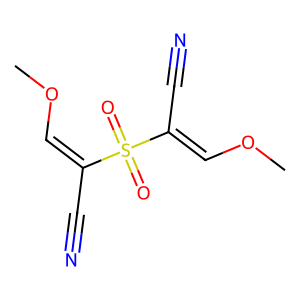
SMILES: COC=C(C#N)S(=O)(=O)C(C#N)=COC
Inhibits HIV replication: No